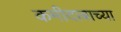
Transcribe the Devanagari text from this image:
कमीदाबाच्या